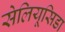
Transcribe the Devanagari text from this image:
सेलियूसिडा